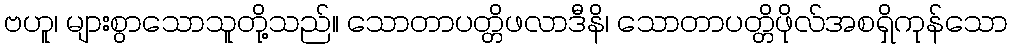
ဗဟူ၊ များစွာသောသူတို့သည်။ သောတာပတ္တိဖလာဒီနိ၊ သောတာပတ္တိဖိုလ်အစရှိကုန်သော